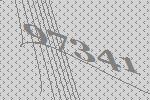
97341